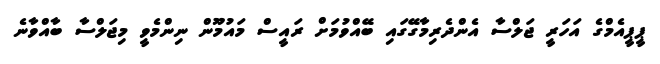
ޕީޕީއެމްގެ އަހަރީ ޖަލްސާ އެންދެރިމާގޭގައި ބޭއްވުމަށް ރައީސް މައުމޫން ނިންމެވީ މިޖަލްސާ ބާއްވާނެ